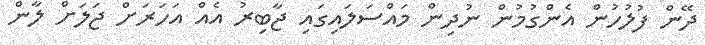
ދޭން ފުލުހުން އެންގުމުން ނުދިން މައްސަލައިގައި ޖާބިރު އެއް އަހަރަށް ޖަލަށް ލާން